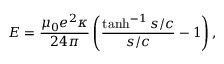
E = \frac { \mu _ { 0 } e ^ { 2 } \kappa } { 2 4 \pi } \left( \frac { \operatorname { t a n h } ^ { - 1 } s / c } { s / c } - 1 \right) ,